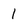
Character: 1